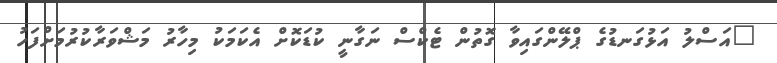
"އަސްލު އަޅުގަނޑުގެ ޕްލޭންގައިވާ ގޮތުން ޓެކްސް ނަގާނީ ކުޑަކޮށް އެކަމަކު މިހާރު މަޝްވަރާކުރުމަށްފަހު